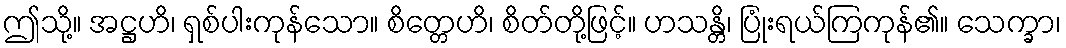
ဤသို့။ အဋ္ဌဟိ၊ ရှစ်ပါးကုန်သော။ စိတ္တေဟိ၊ စိတ်တို့ဖြင့်။ ဟသန္တိ၊ ပြုံးရယ်ကြကုန်၏။ သေက္ခာ၊